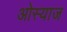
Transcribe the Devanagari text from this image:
ओस्याज